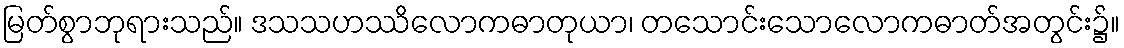
မြတ်စွာဘုရားသည်။ ဒသသဟဿိလောကဓာတုယာ၊ တသောင်းသောလောကဓာတ်အတွင်း၌။